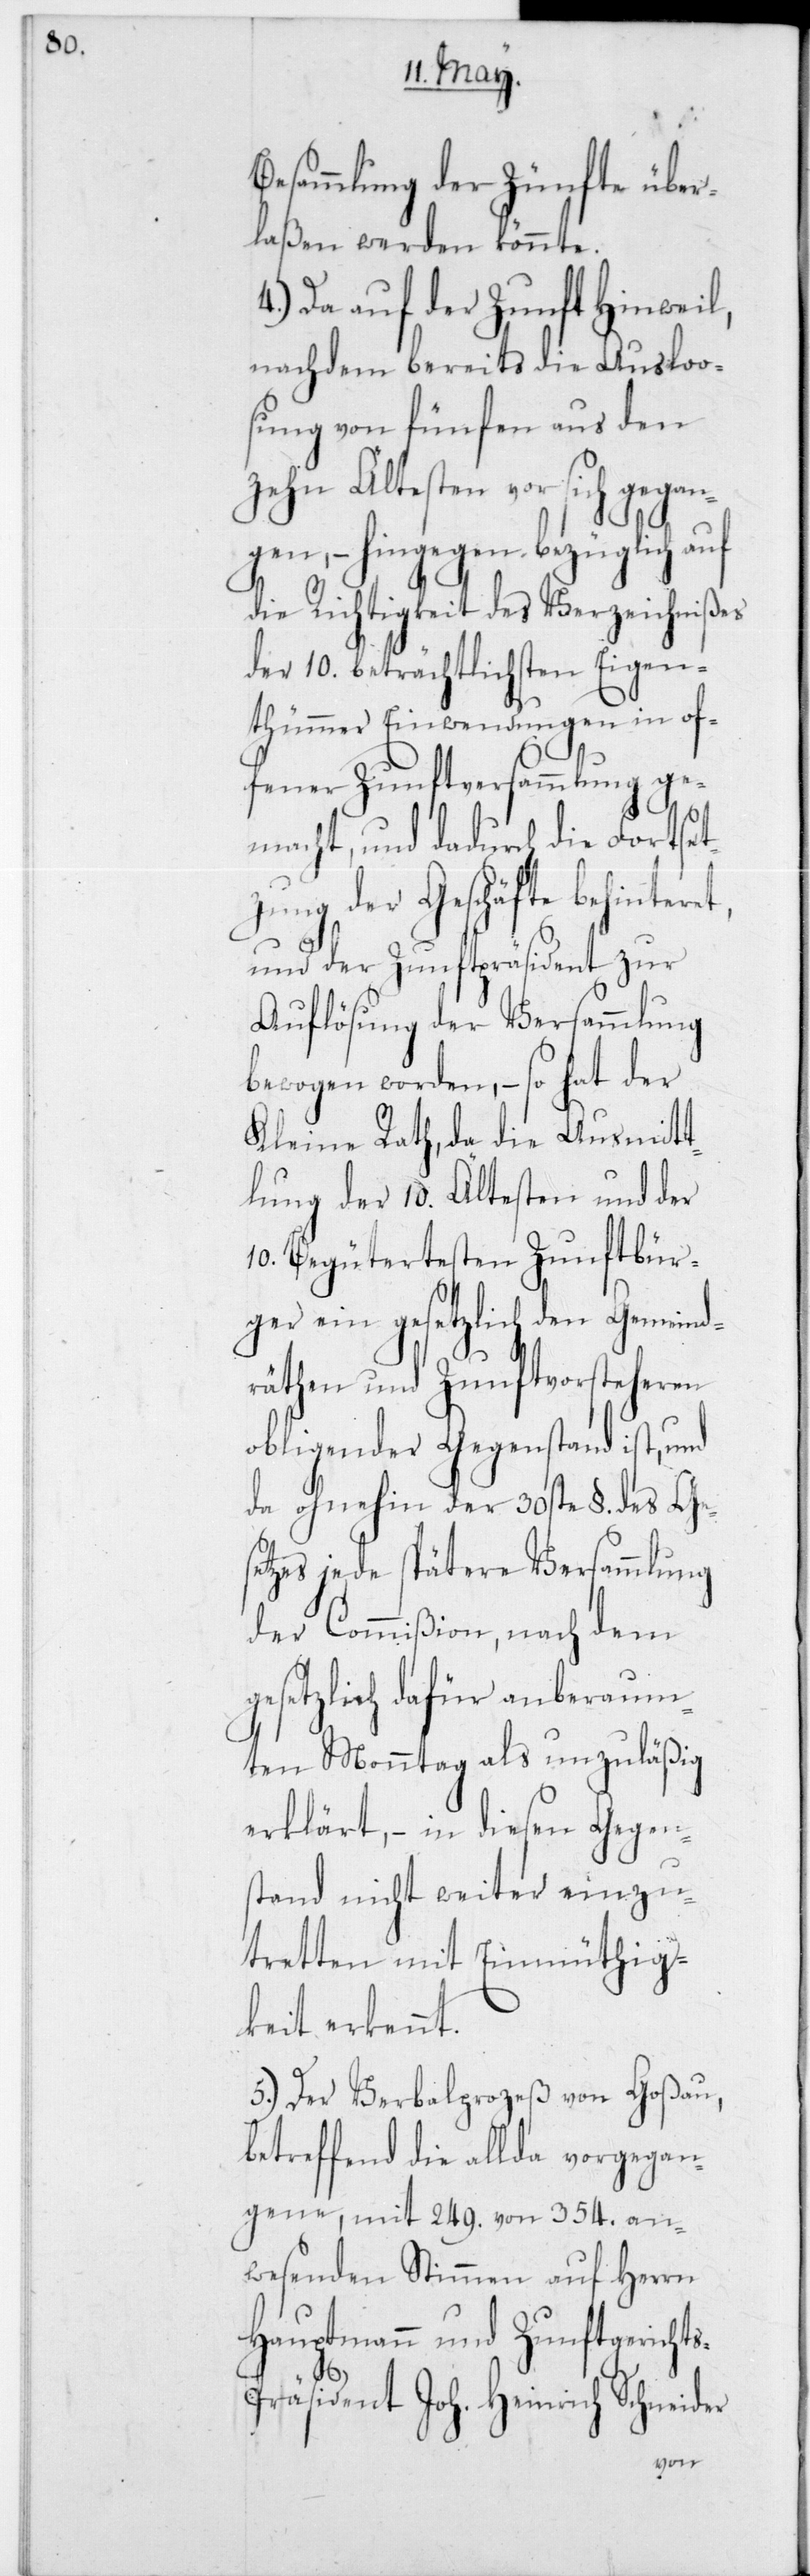
Besammlung der Zünfte über¬
laßen werden könnte.
4.) Da auf der Zunft Hinweil,
nachdem bereits die Ausloo¬
sung von fünfen aus den
zehn Ältesten vor sich gegan¬
gen, – hingegen bezüglich auf
die Richtigkeit des Verzeichnißes
der 10 beträchtlichsten Eigen¬
thümmer Einwendungen in of¬
fener Zunftversammlung ge¬
macht, und dadurch die Fortset¬
zung der Geschäfte behinteret,
und der Zunftpräsident zur
Auflösung der Versammlung
bewogen worden, – so hat der
Kleine Rath, da die Ausmitt¬
lung der 10 Ältesten und der
10 Begütertesten Zunftbür¬
ger ein gesetzlich den Gemeind¬
räthen und Zunftvorsteheren
obliegender Gegenstand ist, und
da ohnehin der 30ste § des Gese¬
tzes jede spätere Versammlung
der Commißion, nach dem
gesetzlich dafür anberaum¬
ten Monntag als unzuläßig
erklärt, – in diesen Gegen¬
stand nicht weiter einzu¬
tretten mit Einmüthig¬
keit erkennt.
5.) Der Verbalprozeß von Goßau,
betreffend die allda vorgegan¬
gene, mit 249 von 354 an¬
wesenden Stimmen auf Herrn
Hauptmann und Zunftgericht¬
s-Präsident Joh. Heinrich Schneider